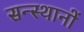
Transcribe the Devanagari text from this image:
सन्स्थानों